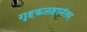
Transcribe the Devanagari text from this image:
गृहकलहानंतर